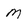
Character: M